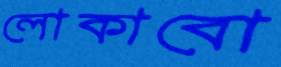
লোকাবো